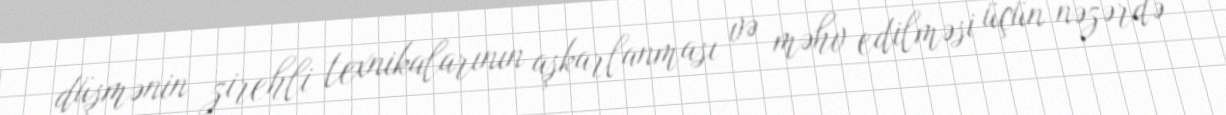
düşmənin zirehli texnikalarının aşkarlanması və məhv edilməsi üçün nəzərdə